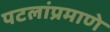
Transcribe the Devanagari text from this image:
पटलांप्रमाणे